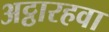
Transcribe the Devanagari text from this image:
अट्ठारहवा